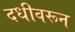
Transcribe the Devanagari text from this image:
दधीवरून